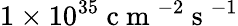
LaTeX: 1\times 10^{35}\mathrm{~c~m~}^{-2}\mathrm{~s~}^{-1}